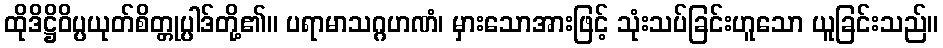
ထိုဒိဋ္ဌိဝိပ္ပယုတ်စိတ္တုပ္ပါဒ်တို့၏။ ပရာမာသဂ္ဂဟဏံ၊ မှားသောအားဖြင့် သုံးသပ်ခြင်းဟူသော ယူခြင်းသည်။